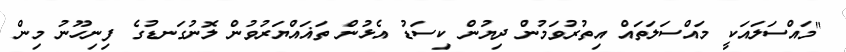
"މައްސަލައަކީ މައްސަލަތައް އިތުރުވަމުން ދިޔުން ކިސަޑު އެޅުން ތަޣައްޔަރުވުން ލޮނުގަނޑުގެ ފިނިހޫނު މިން